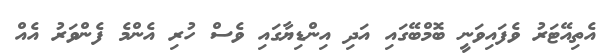
އެތިއޭޓަރު ވެފައިވަނީ ބޮމްބޭގައި އަދި އިންޑިޔާގައި ވެސް ހުރި އެންމެ ފެންވަރު އެއް